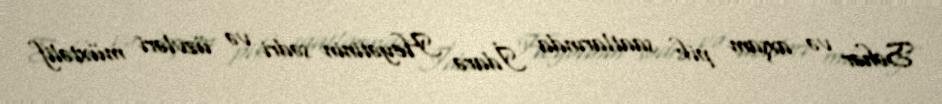
Səhər və axşam pik saatlarında İdarə Heyətinin sədri və üzvləri müxtəlif